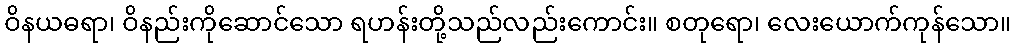
ဝိနယဓရာ၊ ဝိနည်းကိုဆောင်သော ရဟန်းတို့သည်လည်းကောင်း။ စတုရော၊ လေးယောက်ကုန်သော။